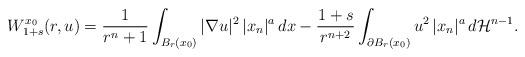
LaTeX: \begin{align*}W^{x_0}_{1+s}(r,u)=\frac{1}{r^n+1}\int_{B_r(x_0)}|\nabla u|^2 \,|x_n|^a\, dx - \frac{1+s}{r^{n+2}}\int_{\partial B_r(x_0)}u^2\,|x_n|^a\, d\mathcal{H}^{n-1}.\end{align*}